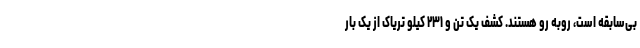
بی‌سابقه است، روبه رو هستند. کشف یک تن و ۲۳۱ کیلو تریاک از یک بار